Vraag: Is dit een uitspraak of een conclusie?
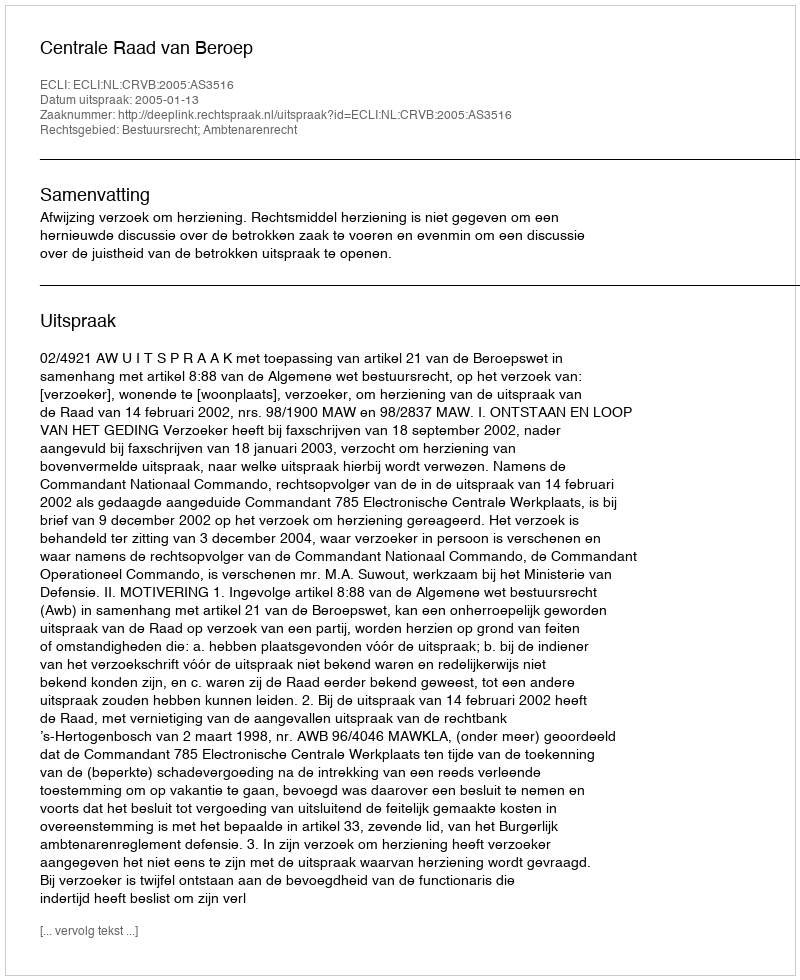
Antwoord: Uitspraak